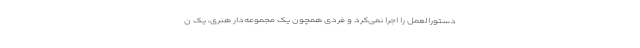
دستورالعمل را اجرا نمی‌کرد و فردی همچون یک مجموعه‌دار هنری،‌ یک ن